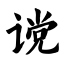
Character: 谠